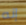
إنه